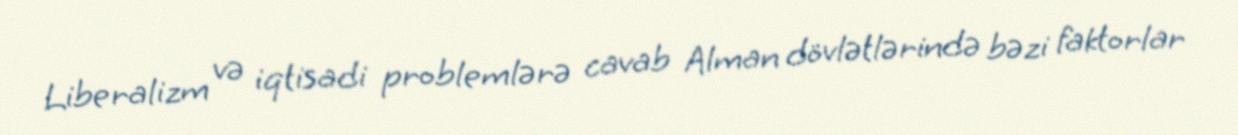
Liberalizm və iqtisadi problemlərə cavab Alman dövlətlərində bəzi faktorlar